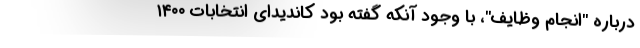
درباره "انجام وظایف"، با وجود آنکه گفته بود کاندیدای انتخابات ۱۴۰۰